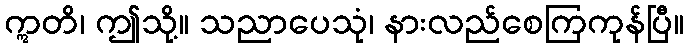
ဣတိ၊ ဤသို့။ သညာပေသုံ၊ နားလည်စေကြကုန်ပြီ။